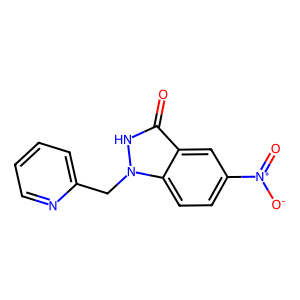
SMILES: O=c1[nH]n(Cc2ccccn2)c2ccc([N+](=O)[O-])cc12
Inhibits HIV replication: No